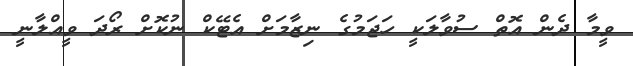
ވީމާ ދެން އޮތް ސުވާލަކީ ހަޖަމުގެ ނިޒާމަށް އެޓޭކް ނުކޮށް ރޯދަ ވީއްލާނީ